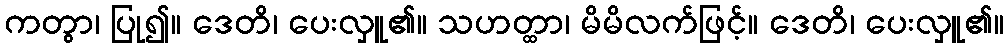
ကတွာ၊ ပြု၍။ ဒေတိ၊ ပေးလှူ၏။ သဟတ္ထာ၊ မိမိလက်ဖြင့်။ ဒေတိ၊ ပေးလှူ၏။